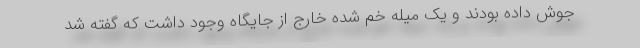
جوش داده بودند و یک میله خم شده خارج از جایگاه وجود داشت که گفته شد